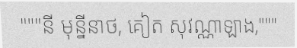
"""នី មុន្នីនាថ, គៀត សុវណ្ណាឡាង,"""